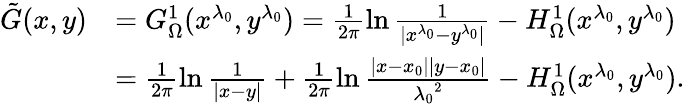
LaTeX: \begin{array}{rl}{\tilde{G}(x,y)}&{=G_{\Omega}^{1}(x^{\lambda_{0}},y^{\lambda_{0}})=\frac{1}{2\pi}\ln\frac{1}{|x^{\lambda_{0}}-y^{\lambda_{0}}|}-H_{\Omega}^{1}(x^{\lambda_{0}},y^{\lambda_{0}})}\\ &{=\frac{1}{2\pi}\ln\frac{1}{|x-y|}+\frac{1}{2\pi}\ln\frac{|x-x_{0}||y-x_{0}|}{{\lambda_{0}}^{2}}-H_{\Omega}^{1}(x^{\lambda_{0}},y^{\lambda_{0}}).}\end{array}